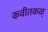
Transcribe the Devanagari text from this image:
कवीतकळ्